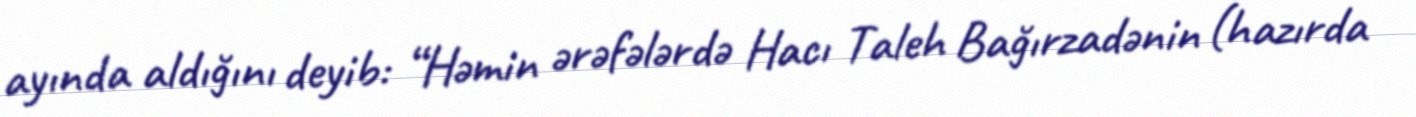
ayında aldığını deyib: “Həmin ərəfələrdə Hacı Taleh Bağırzadənin (hazırda